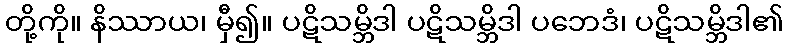
တို့ကို။ နိဿာယ၊ မှီ၍။ ပဋိသမ္ဘိဒါ ပဋိသမ္ဘိဒါ ပဘေဒံ၊ ပဋိသမ္ဘိဒါ၏